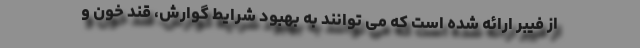
از فیبر ارائه شده است که می توانند به بهبود شرایط گوارش، قند خون و